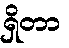
ရှိတာ